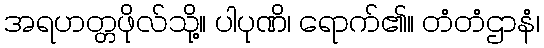
အရဟတ္တဖိုလ်သို့။ ပါပုဏိ၊ ရောက်၏။ တံတံဌာနံ၊